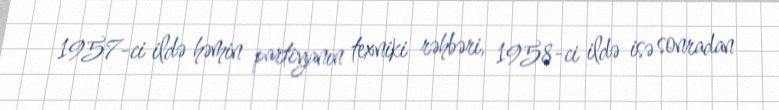
1957-ci ildə həmin partiyanın texniki rəhbəri, 1958-ci ildə isə sonradan